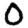
Digit: 0